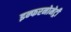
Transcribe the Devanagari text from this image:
इन्फरनोमेट्री